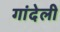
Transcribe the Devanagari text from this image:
गांदेली